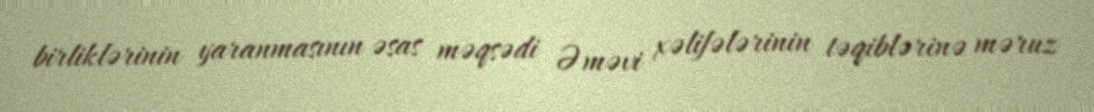
birliklərinin yaranmasının əsas məqsədi Əməvi xəlifələrinin təqiblərinə məruz